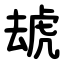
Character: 䖔